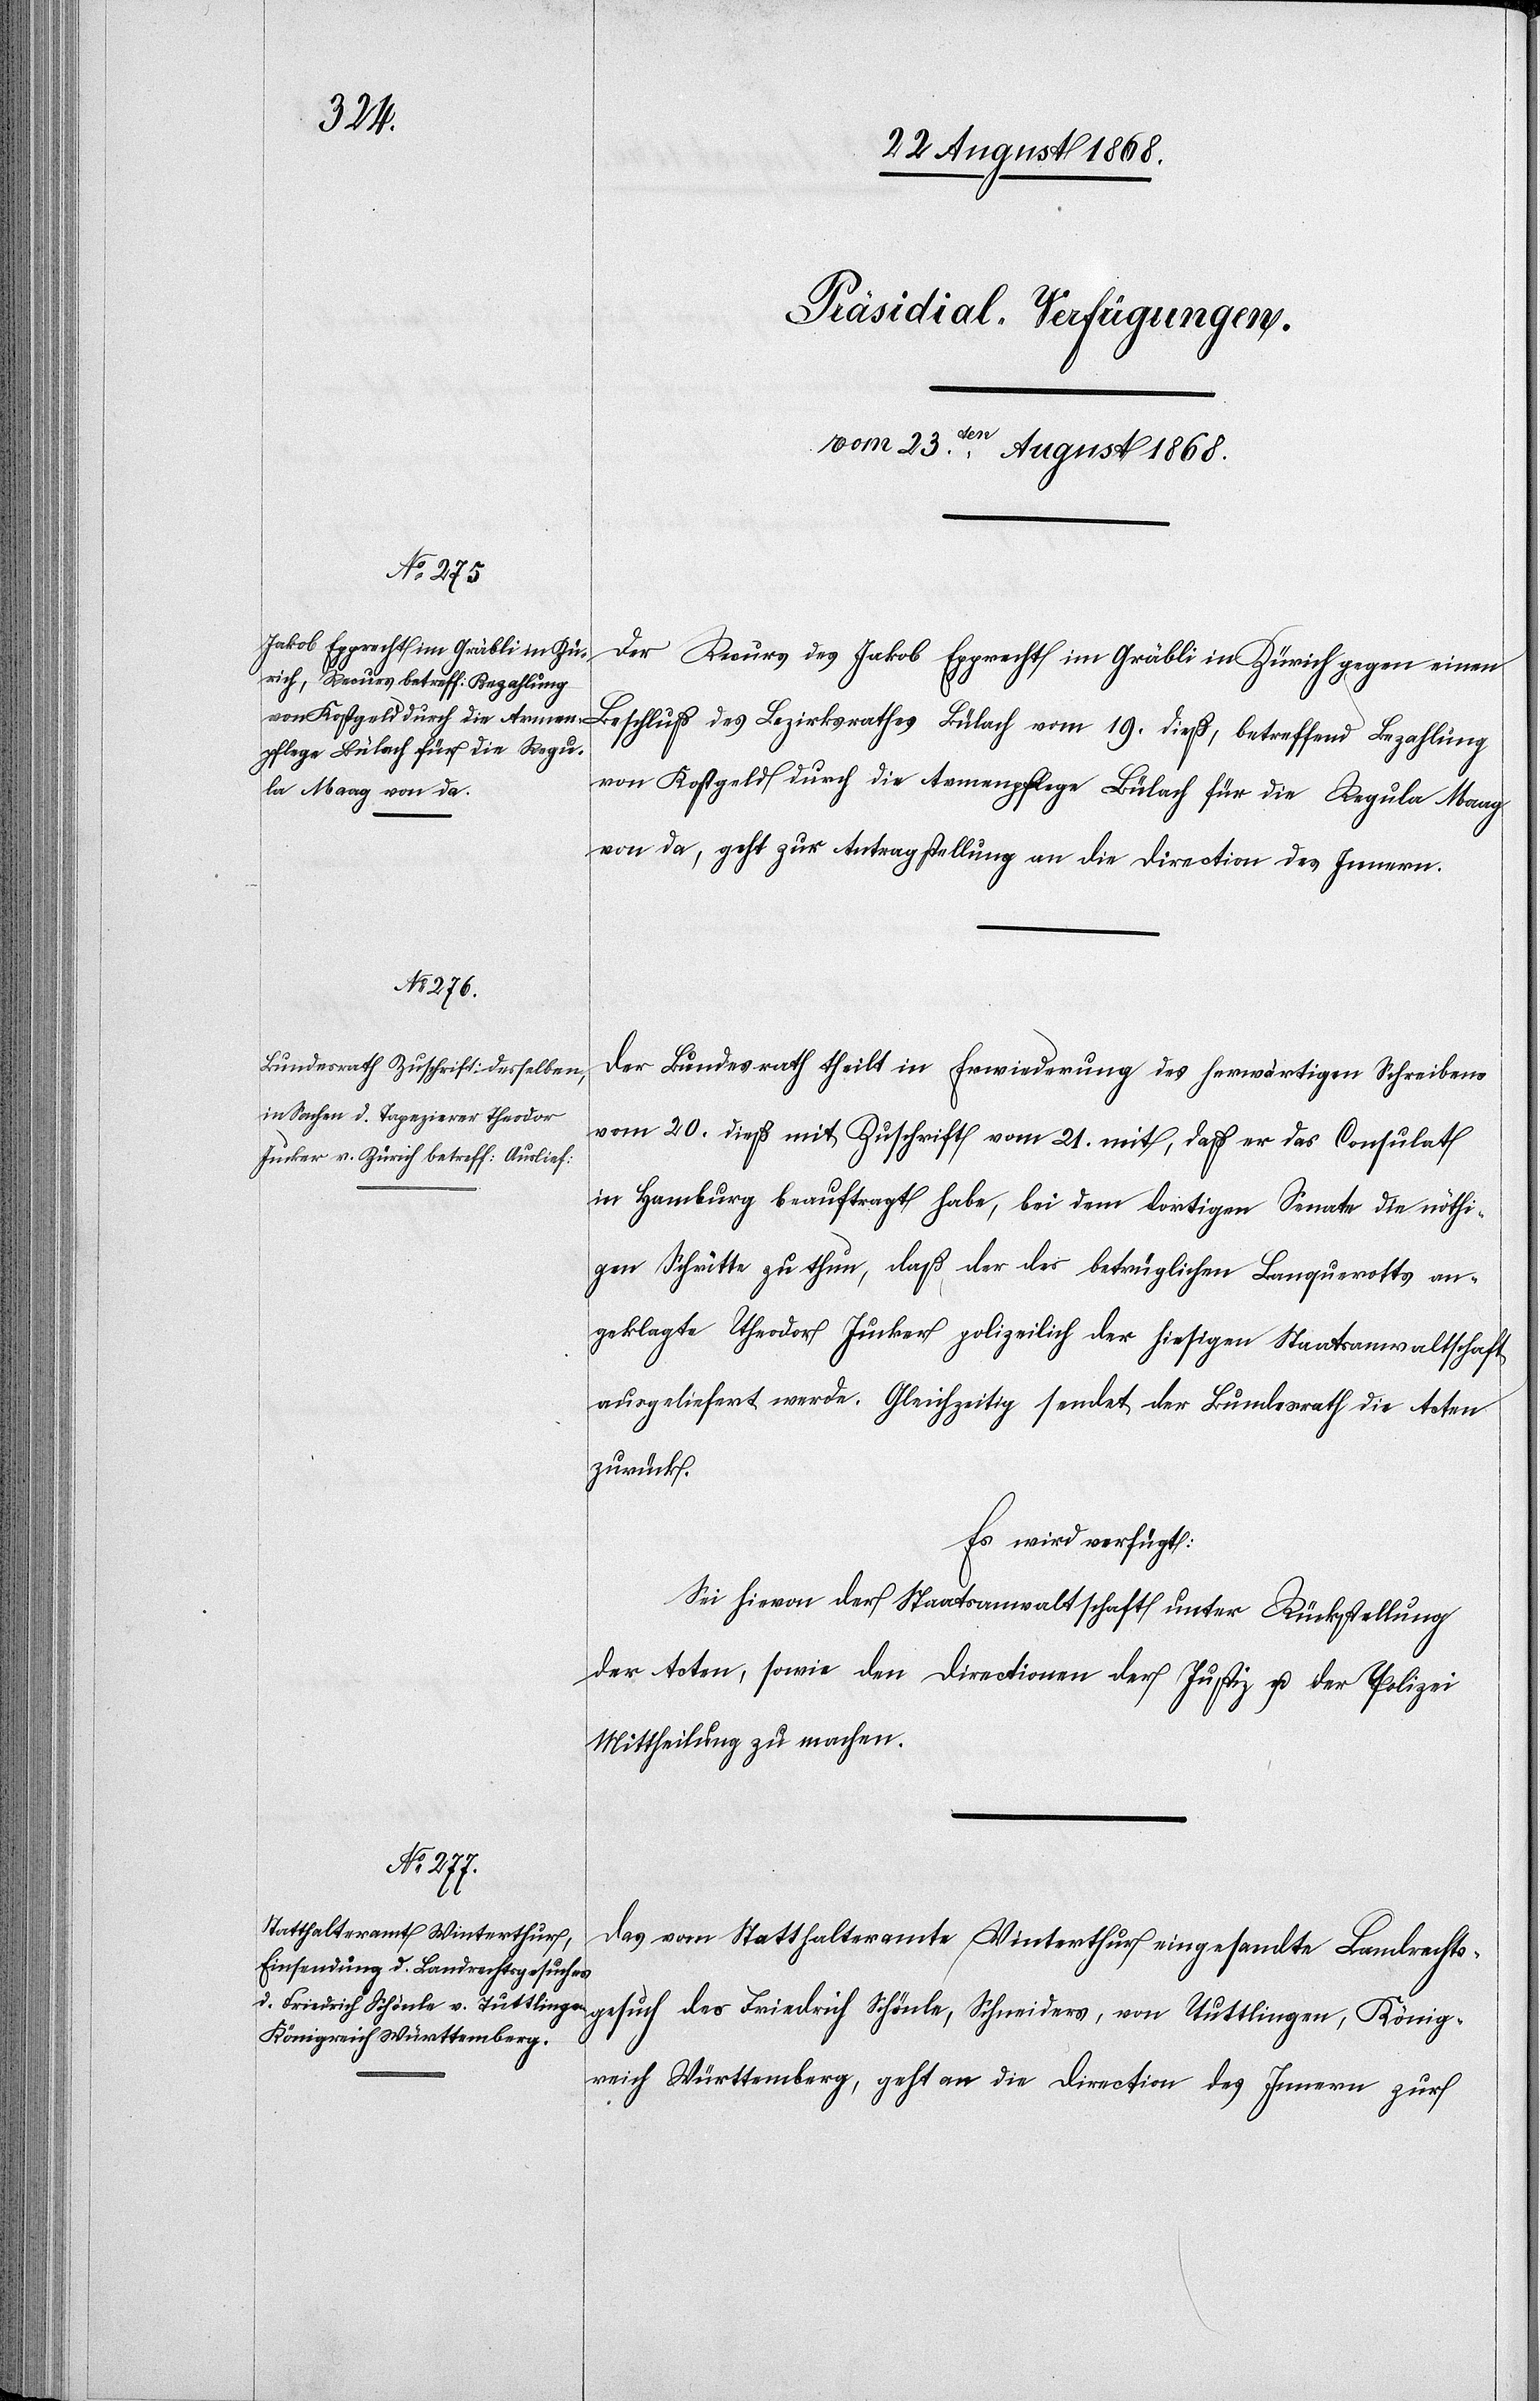
[Präsidial-Verfügungen.
vom 23ten. August 1868.]
Der Recurs des Jakob Epprecht im Gräbli in Zürich gegen einen
Beschluß des Bezirksrathes Bülach vom 19. dieß, betreffend Bezahlung
von Kostgeld durch die Armenpflege Bülach für die Regula Maag
von da, geht zur Antragstellung an die Direction des Innern.
Der Bundesrath theilt in Erwiederung des herwärtigen Schreibens
vom 20. dieß mit Zuschrift vom 21. mit, daß er das Consulat
in Hamburg beauftragt habe, bei dem dortigen Senate die nöthi¬
gen Schritte zu thun, daß der des betrüglichen Banquerotts an¬
geklagte Theodor Jucker polizeilich der hiesigen Staatsanwaltschaft
ausgeliefert werde. Gleichzeitig sendet der Bundesrath die Acten
zurück.
Es wird verfügt:
Sei hievon der Staatsanwaltschaft unter Rückstellung
der Acten, sowie den Directionen der Justiz u. der Polizei
Mittheilung zu machen.
Das vom Statthalteramte Winterthur eingesandte Landrechts¬
gesuch des Friedrich Schönle, Schneiders, von Tuttlingen, König¬
reich Württemberg, geht an die Direction des Innern zur